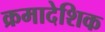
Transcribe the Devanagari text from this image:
क्रमादेशिक